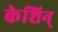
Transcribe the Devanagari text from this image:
केशिन्